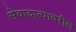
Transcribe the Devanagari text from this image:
सेवादात्यावरील